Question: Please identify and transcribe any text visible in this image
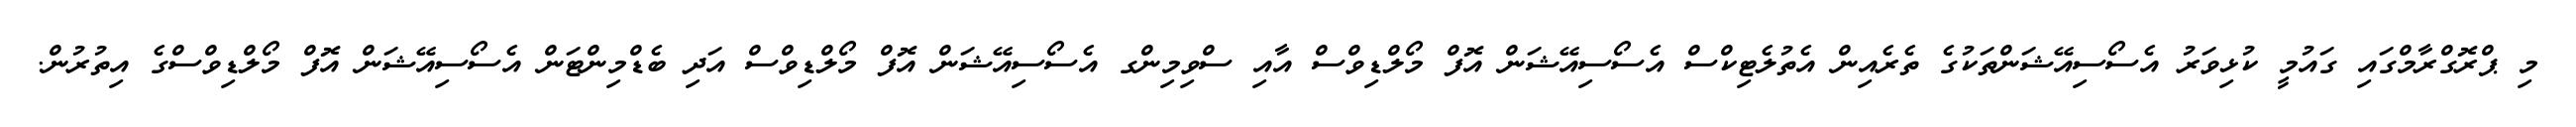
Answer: މި ޕްރޮގްރާމްގައި ގައުމީ ކުޅިވަރު އެސޯސިއޭޝަންތަކުގެ ތެރެއިން އެތުލެޓިކްސް އެސޯސިއޭޝަން އޮފް މޯލްޑިވްސް އާއި ސްވިމިންގ އެސޯސިއޭޝަން އޮފް މޯލްޑިވްސް އަދި ބެޑްމިންޓަން އެސޯސިއޭޝަން އޮފް މޯލްޑިވްސްގެ އިތުރުން.